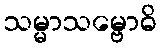
သမ္မာသမ္ဗောဓိ